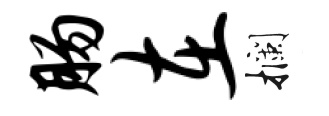
肠在攔